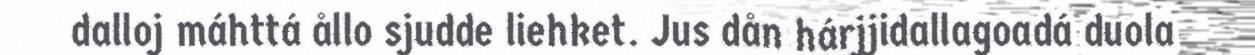
dalloj máhttá ållo sjudde liehket. Jus dån hárjjidallagoadá duola